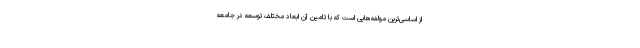
از اساسی‌ترین مولفه‌هایی است که با تامین آن ابعاد مختلف توسعه در جامعه